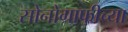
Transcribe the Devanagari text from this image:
सोनोग्राफीच्या